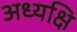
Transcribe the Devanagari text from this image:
अध्यक्षि